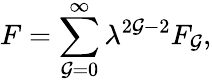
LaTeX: F=\sum_{\mathcal{G}=0}^{\infty}\lambda^{2\mathcal{G}-2}F_{\mathcal{G}},